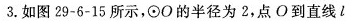
3.如图29-6-15所示，\odot O的半径为2，点O到直线l